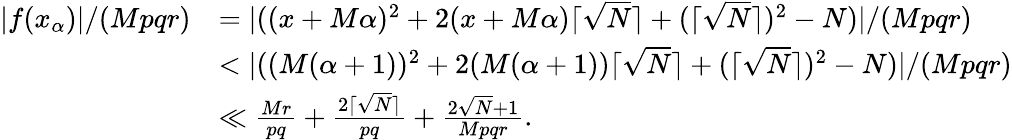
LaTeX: \begin{array}{rl}{|f(x_{\alpha})|/(Mpqr)}&{=|((x+M\alpha)^{2}+2(x+M\alpha)\lceil\sqrt{N}\rceil+(\lceil\sqrt{N}\rceil)^{2}-N)|/(Mpqr)}\\ &{<|((M(\alpha+1))^{2}+2(M(\alpha+1))\lceil\sqrt{N}\rceil+(\lceil\sqrt{N}\rceil)^{2}-N)|/(Mpqr)}\\ &{\ll\frac{Mr}{pq}+\frac{2\lceil\sqrt{N}\rceil}{pq}+\frac{2\sqrt{N}+1}{Mpqr}.}\end{array}